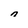
Character: n